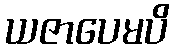
ယဇာပေမပိ